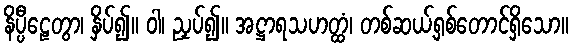
နိပ္ပီဠေတွာ၊ နှိပ်၍။ ဝါ၊ ညှပ်၍။ အဋ္ဌာရသဟတ္ထံ၊ တစ်ဆယ့်ရှစ်တောင်ရှိသော။